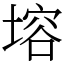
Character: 塎